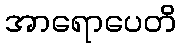
အာရောပေတိ